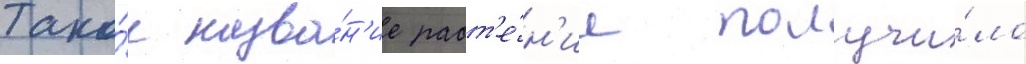
Тако́е назва́н'ие раст'е́н'ие получи́ло